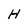
Character: H